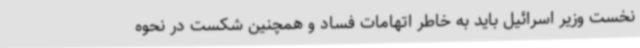
نخست وزیر اسرائیل باید به خاطر اتهامات فساد و همچنین شکست در نحوه